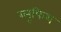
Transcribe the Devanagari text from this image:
ब्लूफिश